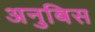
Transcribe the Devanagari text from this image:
अनुबिस